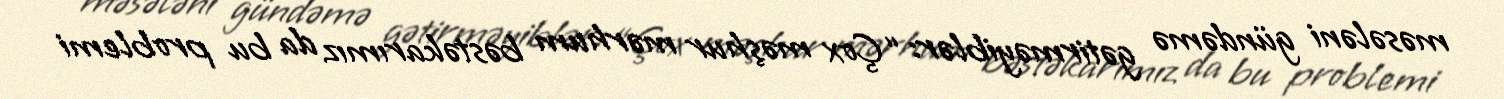
məsələni gündəmə gətirməyiblər: “Çox məşhur mərhum bəstəkarımız da bu problemi